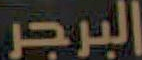
البرجر